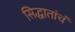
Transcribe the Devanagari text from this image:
सिद्धातांचं